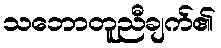
သဘောတူညီချက်၏